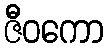
ဇီဝကော